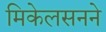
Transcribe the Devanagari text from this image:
मिकेलसनने